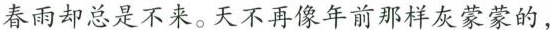
春雨却总是不来。天不再像年前那样灰蒙蒙的，